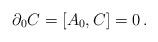
LaTeX: \begin{align*}\partial_0 C= [A_0,C]=0 \,.\end{align*}